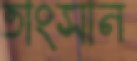
তাংসান